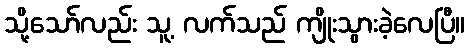
သို့သော်လည်း သူ့ လက်သည် ကျိုးသွားခဲ့လေပြီ။